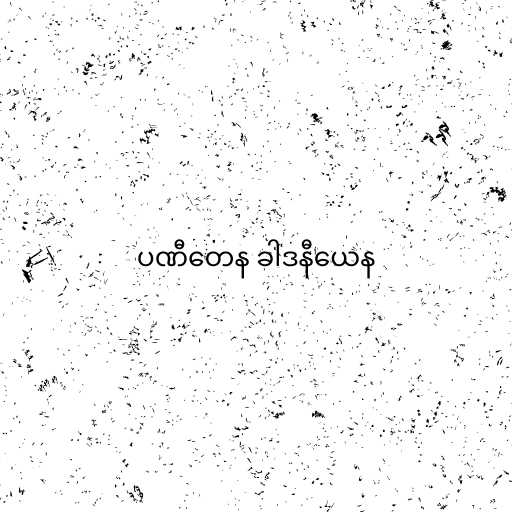
ပဏီတေန ခါဒနီယေန